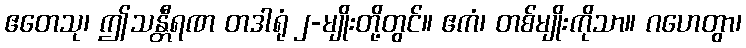
ဧတေသု၊ ဤသန္တီရဏ တဒါရုံ ၂-မျိုးတို့တွင်။ ဧကံ၊ တစ်မျိုးကိုသာ။ ဂဟေတွာ၊